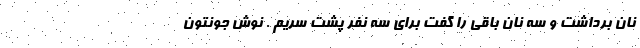
نان برداشت و سه نان باقی را گفت برای سه نفر پشت سریم . نوش جونتون